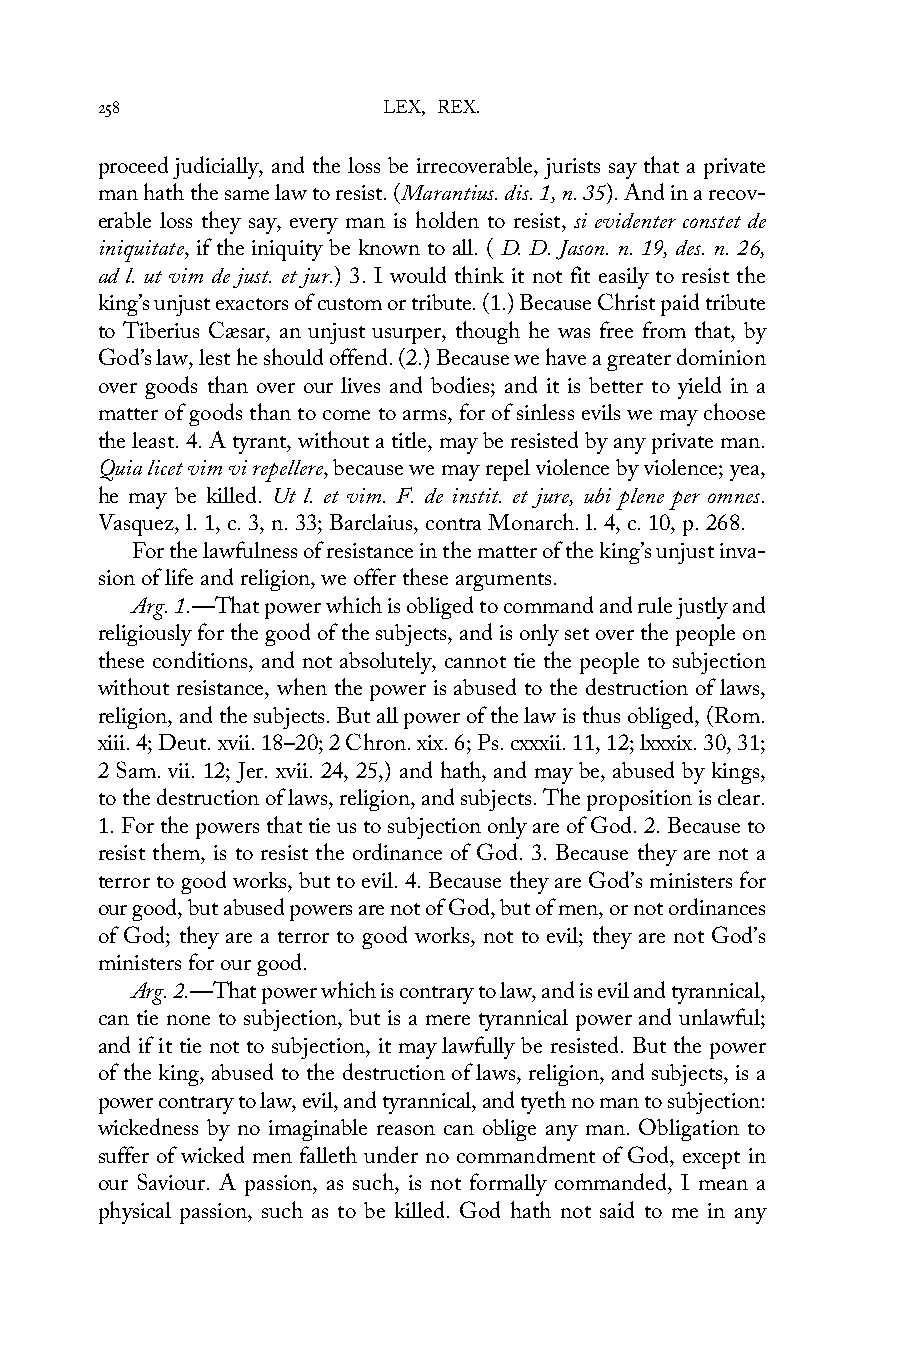
258                LEX, REX.
 proceed judicially, and the loss be irrecoverable, jurists say that a private
 man hath the same law to resist. (Marantius. dis. 1, n. 35). And in a recov-
 erable loss they say, every man is holden to resist, si evidenter constet de
 iniquitate, if the iniquity be known to all. ( D. D. Jason. n. 19, des. n. 26,
 ad l. ut vim de just. et jur.) 3. I would think it not fit easily to resist the
 king’s unjust exactors of custom or tribute. (1.) Because Christ paid tribute
 to Tiberius Cæsar, an unjust usurper, though he was free from that, by
 God’s law, lest he should offend. (2.) Because we have a greater dominion
 over goods than over our lives and bodies; and it is better to yield in a
 matter of goods than to come to arms, for of sinless evils we may choose
 the least. 4. A tyrant, without a title, may be resisted by any private man.
 Quia licet vim vi repellere, because we may repel violence by violence; yea,
 he may be killed. Ut l. et vim. F. de instit. et jure, ubi plene per omnes.
 Vasquez, l. 1, c. 3, n. 33; Barclaius, contra Monarch. l. 4, c. 10, p. 268.
 For the lawfulness of resistance in the matter of the king’s unjust inva-
 sion of life and religion, we offer these arguments.
 Arg. 1.—That power which is obliged to command and rule justly and
 religiously for the good of the subjects, and is only set over the people on
 these conditions, and not absolutely, cannot tie the people to subjection
 without resistance, when the power is abused to the destruction of laws,
 religion, and the subjects. But all power of the law is thus obliged, (Rom.
 xiii. 4; Deut. xvii. 18–20; 2 Chron. xix. 6; Ps. cxxxii. 11, 12; lxxxix. 30, 31;
 2 Sam. vii. 12; Jer. xvii. 24, 25,) and hath, and may be, abused by kings,
 to the destruction of laws, religion, and subjects. The proposition is clear.
 1. For the powers that tie us to subjection only are of God. 2. Because to
 resist them, is to resist the ordinance of God. 3. Because they are not a
 terror to good works, but to evil. 4. Because they are God’s ministers for
 our good, but abused powers are not of God, but of men, or not ordinances
 of God; they are a terror to good works, not to evil; they are not God’s
 ministers for our good.
 Arg. 2.—That power which is contrary to law, and is evil and tyrannical,
 can tie none to subjection, but is a mere tyrannical power and unlawful;
 and if it tie not to subjection, it may lawfully be resisted. But the power
 of the king, abused to the destruction of laws, religion, and subjects, is a
 power contrary to law, evil, and tyrannical, and tyeth no man to subjection:
 wickedness by no imaginable reason can oblige any man. Obligation to
 suffer of wicked men falleth under no commandment of God, except in
 our Saviour. A passion, as such, is not formally commanded, I mean a
 physical passion, such as to be killed. God hath not said to me in any